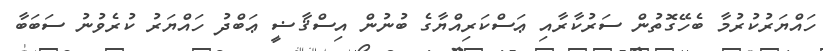
ހައްޔަރުކުރުމާ ބެހޭގޮތުން ސަރުކާރާއި ޢަސްކަރިއްޔާގެ ބުނުން އިސްޤާޟީ ޢަބްދު ހައްޔަރު ކުރެވުނު ސަބަބާ